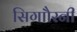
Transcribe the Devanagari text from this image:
सिगाौरनी